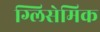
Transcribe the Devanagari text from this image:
ग्लिसेमिक